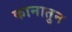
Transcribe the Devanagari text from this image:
कानातुन